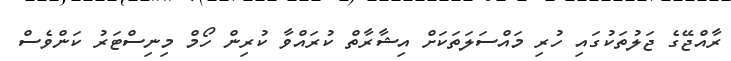
ރާއްޖޭގެ ޖަލުތަކުގައި ހުރި މައްސަލަތަކަށް އިޝާރާތް ކުރައްވާ ކުރިން ހޯމް މިނިސްޓަރު ކަންވެސް